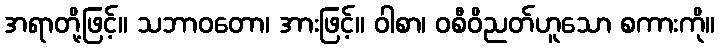
အရာတို့ဖြင့်။ သဘာဝတော၊ အားဖြင့်။ ဝါစာ၊ ဝစီဝိညတ်ဟူသော စကားကို။